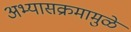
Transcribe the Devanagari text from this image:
अभ्यासक्रमामुळे